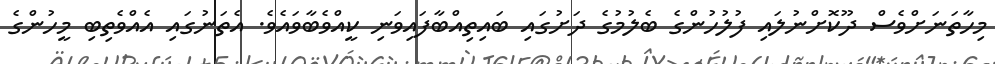
މިހާތަނަށްވެސް ދޫކޮށްނުލައި ފުލުހުންގެ ބެލުމުގެ ދަށުގައި ބައިތިއްބާފައިވަނި ކީއްވެބާވައެވެ. އެތަނުގައި އެއްވެތިބި މީހުންގެ